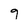
Character: 9